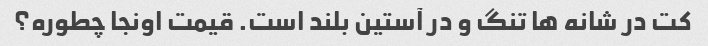
کت در شانه ها تنگ و در آستین بلند است. قیمت اونجا چطوره؟